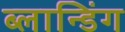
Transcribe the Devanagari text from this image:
ब्लान्डिंग